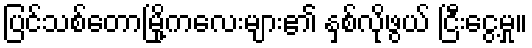
ပြင်သစ်တောမြို့ကလေးများ၏ နှစ်လိုဖွယ် ငြီးငွေ့မှု။